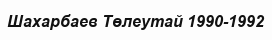
Шахарбаев Төлеутай 1990-1992